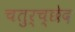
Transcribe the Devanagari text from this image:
चतुर्च्छेद